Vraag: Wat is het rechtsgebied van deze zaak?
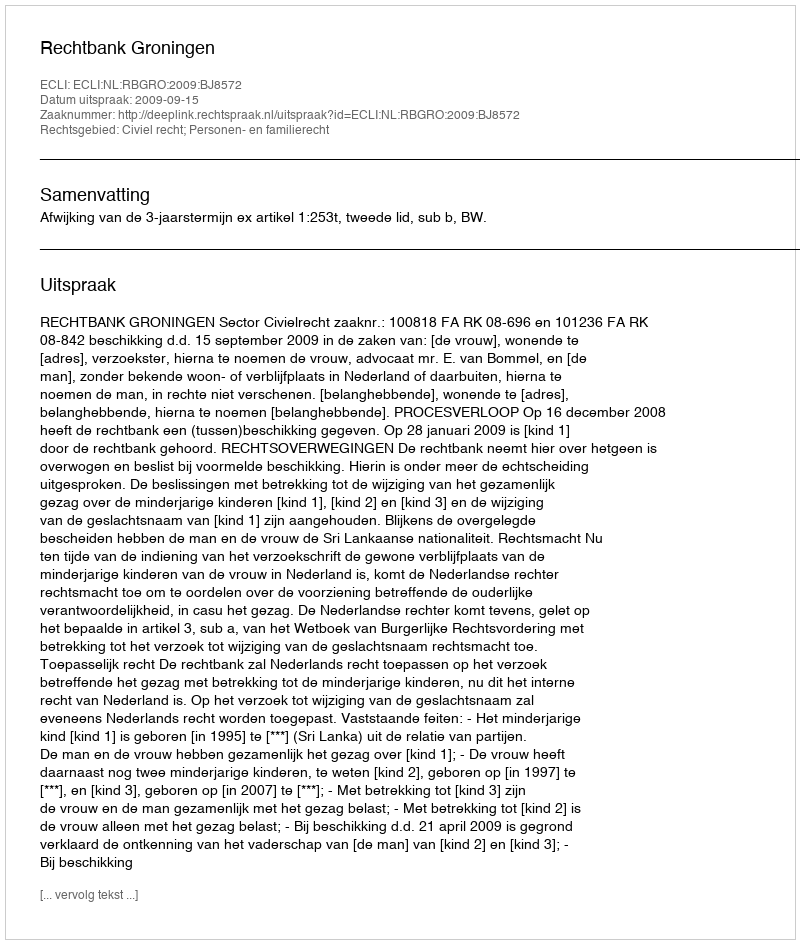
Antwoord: Civiel recht; Personen- en familierecht